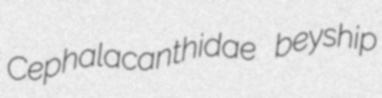
Cephalacanthidae beyship